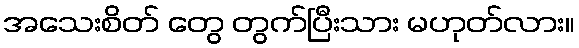
အသေးစိတ် တွေ တွက်ပြီးသား မဟုတ်လား။